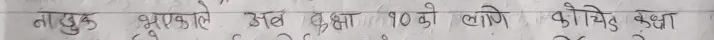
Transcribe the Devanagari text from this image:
नासुक भएकोले अब कक्षा १० को लागि कोचिंग कक्षा